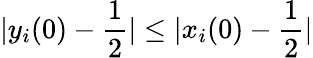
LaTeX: |y_{i}(0)-\frac{1}{2}|\leq|x_{i}(0)-\frac{1}{2}|